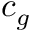
c _ { g }